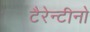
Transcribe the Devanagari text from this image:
टैरेन्टीनो